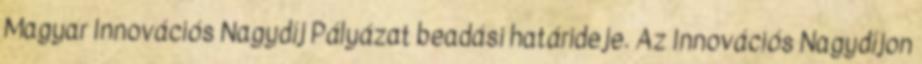
Magyar Innovációs Nagydíj Pályázat beadási határideje. Az Innovációs Nagydíjon